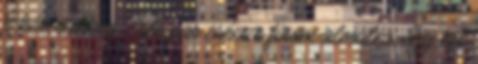
a kérésünkre. Este pár csésze finom almatea, egy kis